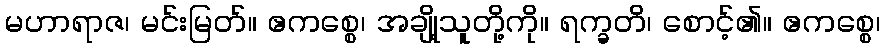
မဟာရာဇ၊ မင်းမြတ်။ ဧကစ္စေ၊ အချို့သူတို့ကို။ ရက္ခတိ၊ စောင့်၏။ ဧကစ္စေ၊